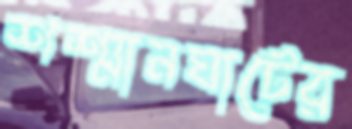
শশ্মানঘাটের